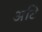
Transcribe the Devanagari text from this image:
अटि